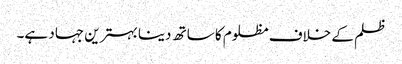
ظلم کے خلاف مظلوم کا ساتھ دینا بہترین جہاد ہے۔